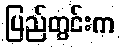
ပြည်တွင်းက